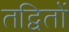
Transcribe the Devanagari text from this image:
तद्वितों